Lunatic asylums United Provinces 1899-1908 - 1899-1908
Year: 1899
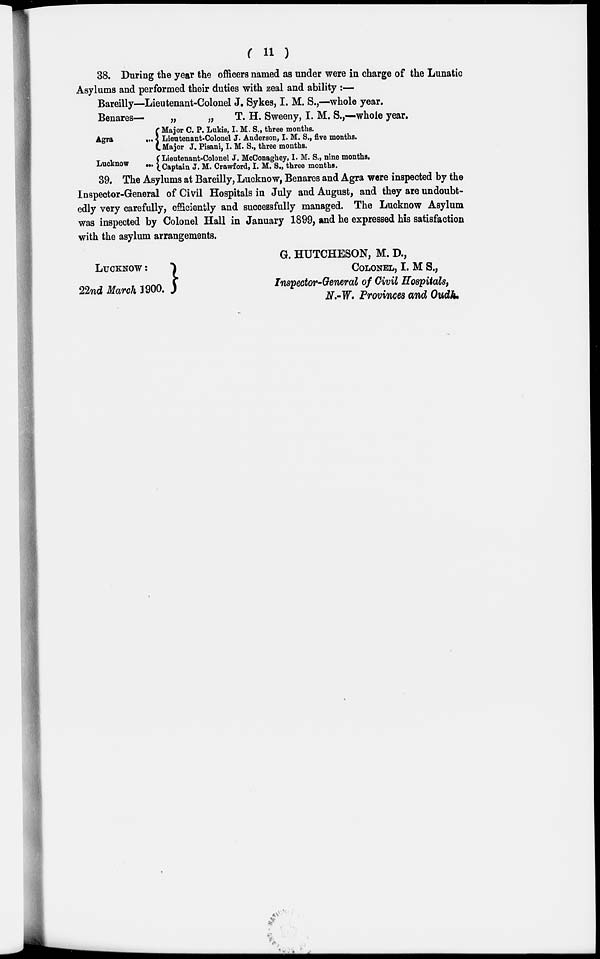
( 11 )
38. During the year the officers named as under were in charge of the Lunatic
Asylums and performed their duties with zeal and ability:—
Bareilly—
Benares-
Agra ...
Lucknow ...
Lieutenant-Colonel J. Sykes, I. M. S.,—whole year.
„
„
T. H. Sweeny, I. M. S.,—whole year.
Major C. P. Lukis, I. M. S., three months.
Lieutenant-Colonel J. Anderson, I. M. S., five months.
Major J. Pisani, I. M. S., three months.
Lieutenant-Colonel J, McConaghey, I. M. S., nine months.
Captain J. M. Crawford, I. M. S., three months.
39. The Asylums at Bareilly, Lucknow, Benares and Agra were inspected by the
Inspector-General of Civil Hospitals in July and August, and they are undoubt-
edly very carefully, efficiently and successfully managed. The Lucknow Asylum
was inspected by Colonel Hall in January 1899, and he expressed his satisfaction
with the asylum arrangements.
LUCKNOW:
22nd March 1900.
G. HUTCHESON, M. D.,
COLONEL, I. M S.,
Inspector-General of Civil Hospitals,
N.-W. Provinces and Oudh.